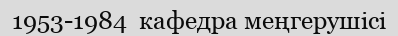
1953-1984  кафедра меңгерушісі